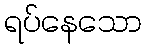
ရပ်နေသော